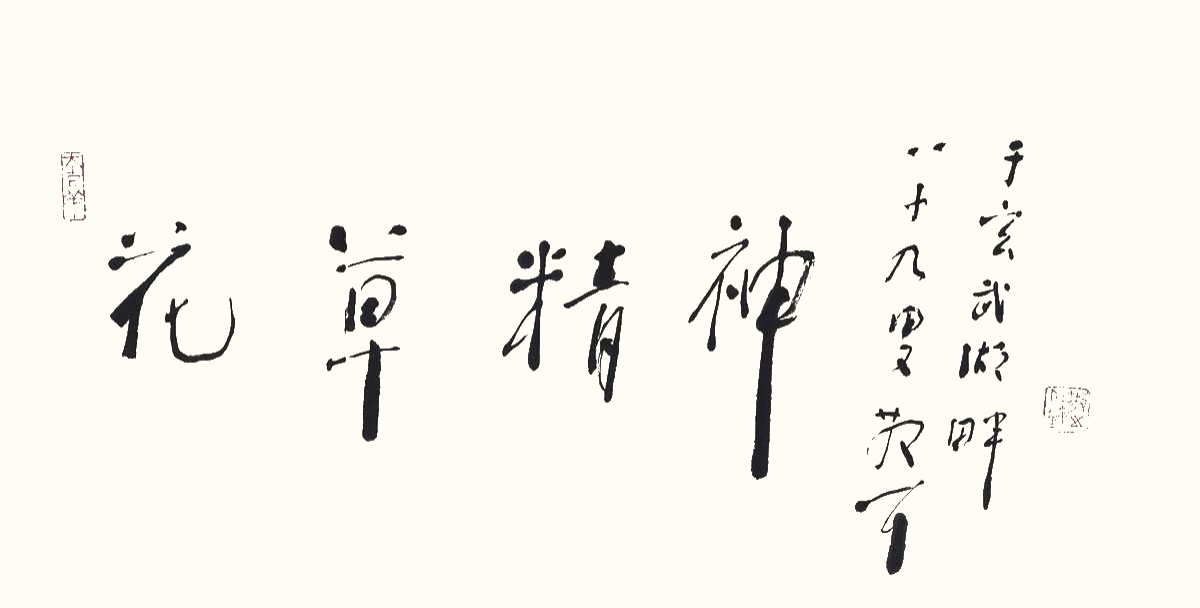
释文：花草精神。八十九叟散耳于玄武湖畔。